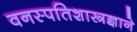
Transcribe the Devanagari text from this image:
वनस्पतिशास्त्रज्ञाने